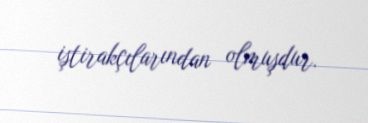
iştirakçılarından olmuşdur.